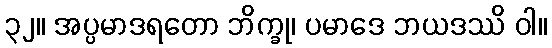
၃၂။ အပ္ပမာဒရတော ဘိက္ခု၊ ပမာဒေ ဘယဒဿိ ဝါ။